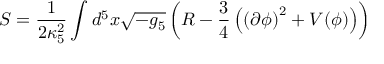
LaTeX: S = \frac { 1 } { 2 \kappa _ { 5 } ^ { 2 } } \int d ^ { 5 } x \sqrt { - g _ { 5 } } \left( R - \frac { 3 } { 4 } \left( \left( \partial \phi \right) ^ { 2 } + V ( \phi ) \right) \right)